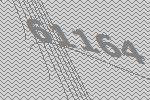
61164